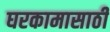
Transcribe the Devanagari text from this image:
घरकामासाठी